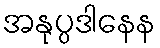
အနုပ္ပဒါနေန